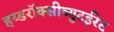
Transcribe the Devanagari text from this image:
हय्डरॉक्सीब्युटईरेट